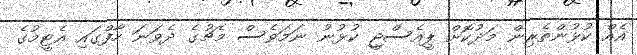
އެއް ކުޅުންތެރިން މަދުކޮށް ޕީއެސްޖީ ކުޅުނު ނަމަވެސް މެޗުގެ ދެވަނަ ހާފްގައި އެޓީމުގެ